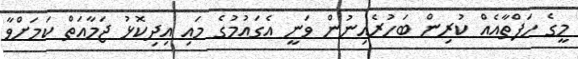
މީގެ ހަފްތާއެއް ކުރިން ބަހުރެއިނުން ވަނީ އެގައުމުގެ މައި އިދިކޮޅު ޖަމާއަތް ކަމަށްވާ